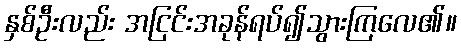
နှစ်ဦးလည်း အငြင်းအခုန်ရပ်၍သွားကြလေ၏။